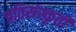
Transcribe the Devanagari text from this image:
प्रतिसंस्कृती